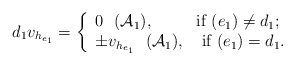
\begin{align*} d_1v_{h_{e_1}}=\left\{ \begin{array}{ll} 0 ~~( \mathcal A_1), & \hbox{if $(e_1)\neq d_1$;} \\ \pm v_{h_{e_1}}~~( \mathcal A_1), & \hbox{ if $(e_1)= d_1$.} \end{array} \right.\end{align*}